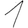
Digit: 1